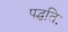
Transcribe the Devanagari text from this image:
पद्धतिः